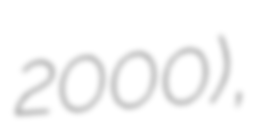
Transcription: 2000),